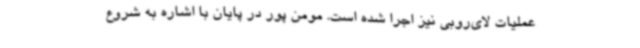
عملیات لای‌روبی نیز اجرا شده است. مومن پور در پایان با اشاره به شروع